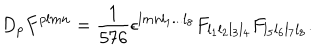
D _ { p } F ^ { p l m n } = { \frac { 1 } { 5 7 6 } } \epsilon ^ { l m n l _ { 1 } . . . l _ { 8 } } F _ { l _ { 1 } l _ { 2 } l _ { 3 } l _ { 4 } } F _ { l _ { 5 } l _ { 6 } l _ { 7 } l _ { 8 } } .